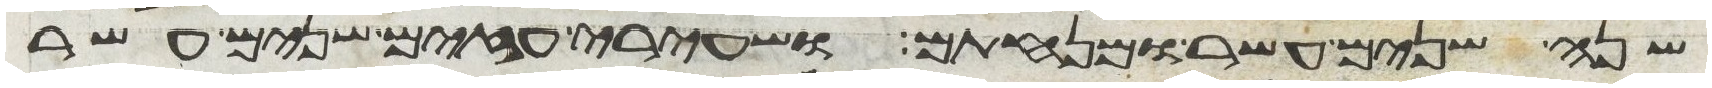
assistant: שנה שנים עשר ומנחתם ושעירי עזים שנים עשר